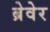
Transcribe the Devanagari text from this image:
ब्रेवेर